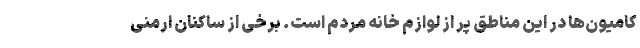
کامیون‌ها در این مناطق پر از لوازم خانه مردم است. برخی از ساکنان ارمنی